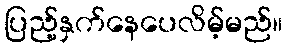
ပြည့်နှက်နေပေလိမ့်မည်။